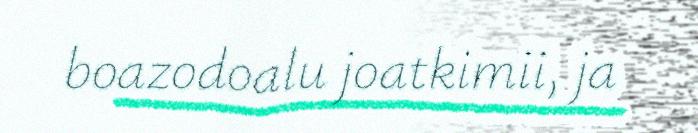
boazodoalu joatkimii, ja